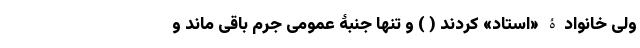
ولی خانوادۀ «استاد» کردند ( ) و تنها جنبۀ عمومی جُرم باقی ماند و